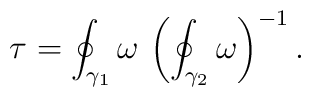
\tau= \oint_{\gamma_1}\omega \,\left(\oint_{\gamma_2} \omega\right)^{-1}.